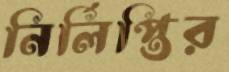
নির্লিপ্তির